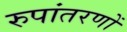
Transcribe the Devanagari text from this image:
रुपांतरणों